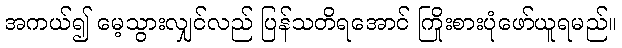
အကယ်၍ မေ့သွားလျှင်လည် ပြန်သတိရအောင် ကြိုးစားပုံဖော်ယူရမည်။